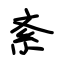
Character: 紊